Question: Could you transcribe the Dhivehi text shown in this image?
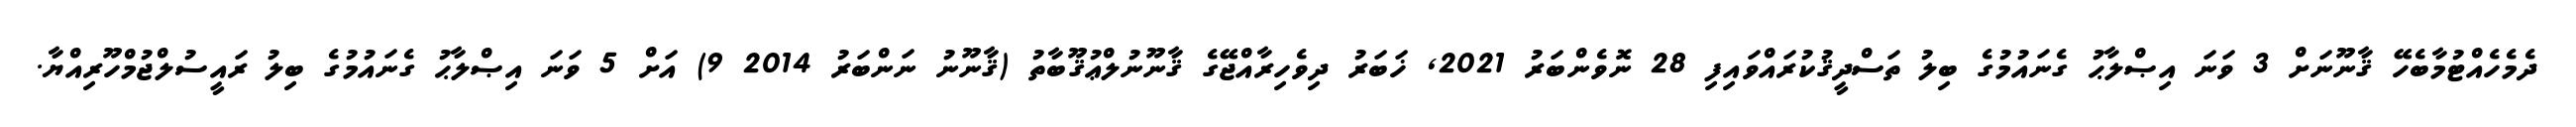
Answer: ދެމެހެއްޓުމާބެހޭ ޤާނޫނަށް 3 ވަނަ އިޞްލާޙު ގެނައުމުގެ ބިލު ތަސްދީޤުކުރައްވައިފި 28 ނޮވެންބަރު 2021, ޚަބަރު ދިވެހިރާއްޖޭގެ ޤާނޫނުލްޢުޤޫބާތު (ޤާނޫނު ނަންބަރު 2014 9) އަށް 5 ވަނަ އިޞްލާޙު ގެނައުމުގެ ބިލު ރައީސުލްޖުމްހޫރިއްޔާ.